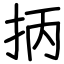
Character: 抦